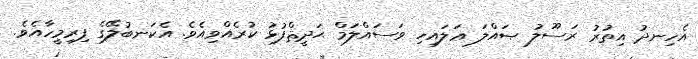
އެހިނދު އިތުރު ރަސޫލު ޞައްލަ ޢަލައިހި ވަސައްލަމް ޙަދީޘްފުޅު ކުރެއްވިއެވެ. އެކަނބުލޭގެ ފިރިމީހާއެވެ.